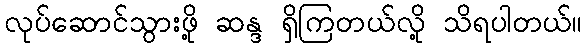
လုပ်ဆောင်သွားဖို့ ဆန္ဒ ရှိကြတယ်လို့ သိရပါတယ်။